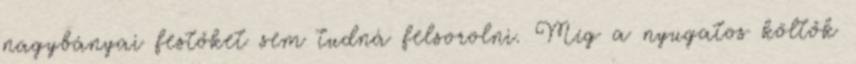
nagybányai festőket sem tudná felsorolni. Míg a nyugatos költők